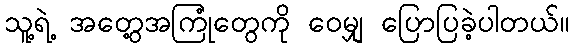
သူ့ရဲ့ အတွေ့အကြုံတွေကို ဝေမျှ ပြောပြခဲ့ပါတယ်။